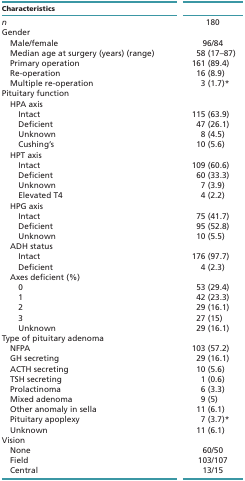
| Characteristics |  |
 | --- | --- |
 | n | 180 |
 | Gender |  |
 | Male/female | 96/84 |
 | Median age at surgery (years) (range) | 58 (17–87) |
 | Primary operation | 161 (89.4) |
 | Re-operation | 16 (8.9) |
 | Multiple re-operation | 3 (1.7)* |
 | Pituitary function |  |
 | HPA axis |  |
 | Intact | 115 (63.9) |
 | Deficient | 47 (26.1) |
 | Unknown | 8 (4.5) |
 | Cushing’s | 10 (5.6) |
 | HPT axis |  |
 | Intact | 109 (60.6) |
 | Deficient | 60 (33.3) |
 | Unknown | 7 (3.9) |
 | Elevated T4 | 4 (2.2) |
 | HPG axis |  |
 | Intact | 75 (41.7) |
 | Deficient | 95 (52.8) |
 | Unknown | 10 (5.5) |
 | ADH status |  |
 | Intact | 176 (97.7) |
 | Deficient | 4 (2.3) |
 | Axes deficient (%) |  |
 | 0 | 53 (29.4) |
 | 1 | 42 (23.3) |
 | 2 | 29 (16.1) |
 | 3 | 27 (15) |
 | Unknown | 29 (16.1) |
 | Type of pituitary adenoma |  |
 | NFPA | 103 (57.2) |
 | GH secreting | 29 (16.1) |
 | ACTH secreting | 10 (5.6) |
 | TSH secreting | 1 (0.6) |
 | Prolactinoma | 6 (3.3) |
 | Mixed adenoma | 9 (5) |
 | Other anomaly in sella | 11 (6.1) |
 | Pituitary apoplexy | 7 (3.7)* |
 | Unknown | 11 (6.1) |
 | Vision |  |
 | None | 60/50 |
 | Field | 103/107 |
 | Central | 13/15 |